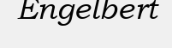
Engelbert